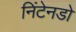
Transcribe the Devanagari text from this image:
निंटेनडो